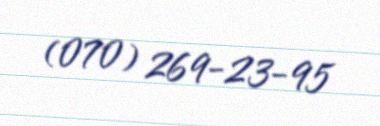
(070) 269-23-95